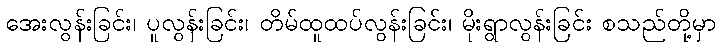
အေးလွန်းခြင်း၊ ပူလွန်းခြင်း၊ တိမ်ထူထပ်လွန်းခြင်း၊ မိုးရွာလွန်းခြင်း စသည်တို့မှာ